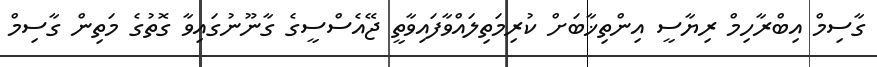
ގާސިމް އިބްރާހިމް ރިޔާސީ އިންތިޚާބަށް ކުރިމަތިލައްވާފައިވާތީ ޖޭއެސްސީގެ ގާނޫނުގައިވާ ގޮތުގެ މަތިން ގާސިމް